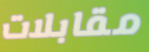
مقابلات